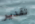
تقدير